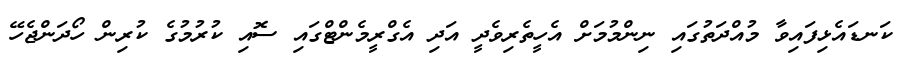
ކަނޑައެޅިފައިވާ މުއްދަތުގައި ނިންމުމަށް އެހީތެރިވެދީ އަދި އެގްރީމެންޓްގައި ސޮއި ކުރުމުގެ ކުރިން ހޯދަންޖެހޭ